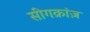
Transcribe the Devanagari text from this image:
सीगक्रांज़